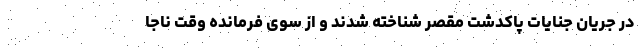
در جریان جنایات پاکدشت مقصر شناخته شدند و از سوی فرمانده وقت ناجا